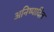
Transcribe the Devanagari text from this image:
अनिष्पादित